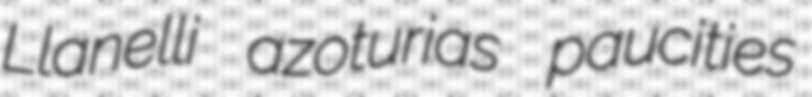
Llanelli azoturias paucities